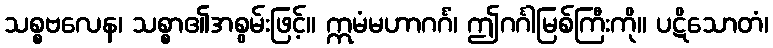
သစ္စဗလေန၊ သစ္စာ၏အစွမ်းဖြင့်။ ဣမံမဟာဂင်္ဂံ၊ ဤဂင်္ဂါမြစ်ကြီးကို။ ပဋိသောတံ၊